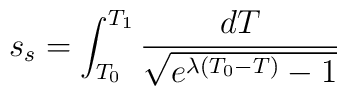
s_s= \int_{T_0}^{T_1}\frac{dT}{\sqrt{e^{\lambda(T_0-T)}-1}}